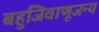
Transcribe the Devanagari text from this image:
बहुजिवाणूजन्य